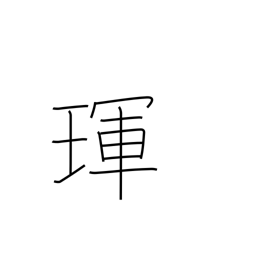
Meaning: jewel